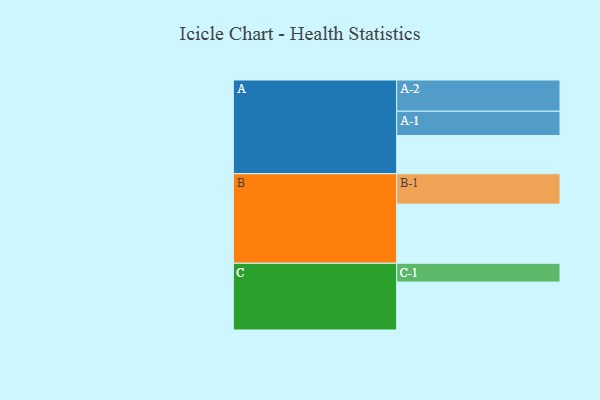
{"axis": {"x": "Segment", "y": "Value"}, "legend": ["", "A", "B", "C"], "data": [{"x": "A", "y": 345, "type": ""}, {"x": "B", "y": 535, "type": ""}, {"x": "C", "y": 433, "type": ""}, {"x": "A-1", "y": 220, "type": "A"}, {"x": "A-2", "y": 282, "type": "A"}, {"x": "B-1", "y": 274, "type": "B"}, {"x": "C-1", "y": 170, "type": "C"}]}